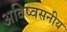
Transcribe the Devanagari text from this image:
अविष्वसनीय